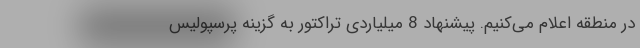
در منطقه اعلام می‌کنیم. پیشنهاد 8 میلیاردی تراکتور به گزینه پرسپولیس